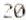
20